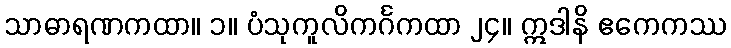
သာဓာရဏကထာ။ ၁။ ပံသုကူလိကင်္ဂကထာ ၂၄။ ဣဒါနိ ဧကေကဿ